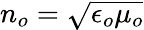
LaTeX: n_{o}=\sqrt{\epsilon_{o}\mu_{o}}